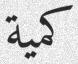
كمية